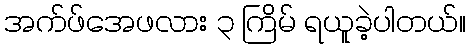
အက်ဖ်အေဖလား ၃ ကြိမ် ရယူခဲ့ပါတယ်။